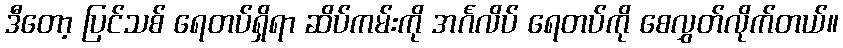
ဒီတော့ ပြင်သစ် ရေတပ်ရှိရာ ဆိပ်ကမ်းကို အင်္ဂလိပ် ရေတပ်ကို စေလွှတ်လိုက်တယ်။